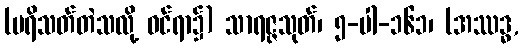
(ပရိသတ်တဲသလို့ ဝင်ရာ၌) သာရဇ္ဇသုတ်၊ ၅-ပါ-၁၆၁၊ (အဿဒ္ဓ,